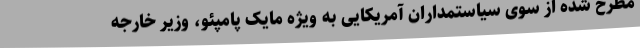
مطرح شده از سوی سیاستمداران آمریکایی به ویژه مایک پامپئو، وزیر خارجه